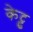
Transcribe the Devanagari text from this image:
केट्टु